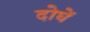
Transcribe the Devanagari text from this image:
दोघें